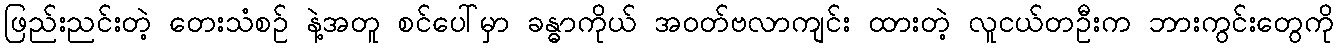
ဖြည်းညင်းတဲ့ တေးသံစဉ် နဲ့အတူ စင်ပေါ်မှာ ခန္ဓာကိုယ် အဝတ်ဗလာကျင်း ထားတဲ့ လူငယ်တဦးက ဘားကွင်းတွေကို